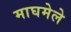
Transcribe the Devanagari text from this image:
माघमेले